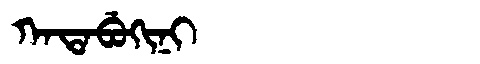
Manchu: ᡴᠠᡨᠠᠪᡠᡴᡳᠨᡳ
Romanization: KATABUKINI